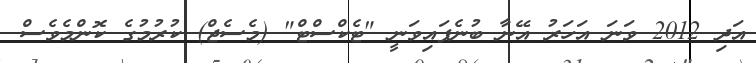
އަދި 2012 ވަނަ އަހަރު އޭނާ ބުނެފައިވަނީ "ޓެކްސްޓް" (މެސެޖް) ކުރުމުގެ ކޮންމެވެސް